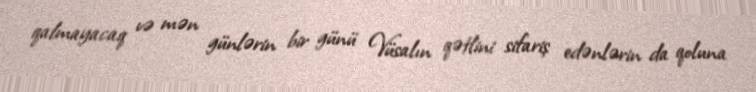
qalmayacaq və mən günlərin bir günü Vüsalın qətlini sifariş edənlərin da qoluna